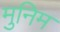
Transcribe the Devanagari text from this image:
मुनिम